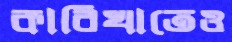
কাবিখাতেও